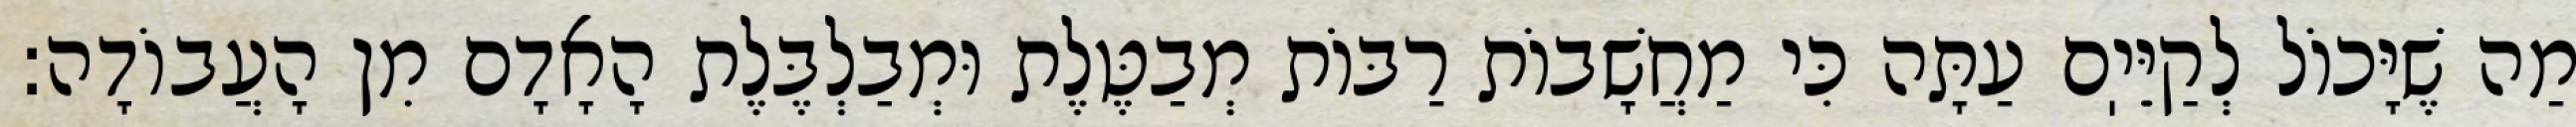
מַה שֶׁיָּכוֹל לְקַיֵּיֽם עַתָּה כִּי מַחֲשָׁבוֹת רַבּוֹת מְבַטֶּלֶת וּמְבַלְבֶּלֶת הָאָדָם מִן הָעֲבוֹדָה: